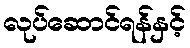
လုပ်ဆောင်ရန်နှင့်